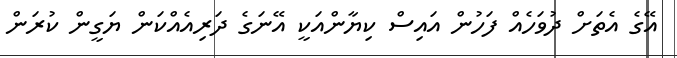
އޭގެ އެތަށް ދުވަހެއް ފަހުން އައިސް ކިޔާންއަކީ އޭނަގެ ދަރިއެއްކަން ޔަގީން ކުރަން